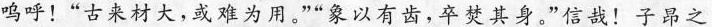
呜呼！”古来材大，或难为用。””象以有齿，卒焚其身。”信哉！子昂之